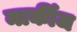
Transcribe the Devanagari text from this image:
मार्कीज